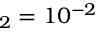
_ 2 = 1 0 ^ { - 2 }